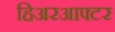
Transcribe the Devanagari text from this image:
हिअरआफ्टर